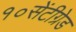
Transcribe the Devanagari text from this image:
१०सेंटीग्रेड